[Report on the health of British troops in the Madras command]
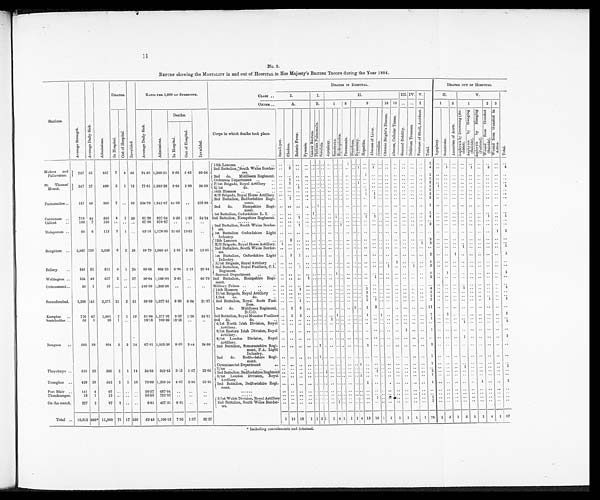
1 1
No. 2.
RETURN showing the MORTALITY in and out of HOSPITAL in Her Majesty's BRITISH TROOPS during the Year 1884.
Stations.
A v e r a g e S t r e n g t h .
A v e r a g e D a i l y S i c k .
A d m i s s i o n s .
DEATHS.
I n v a l i d e d .
RATIO PER 1,000 OF STRENGTH.
DEATHS IN HOSPITAL.
DEATHS OUT OF HOSPITAL.
CLASS ..
I.
I.
II.
III. IV. V.
T o t a l .
II.
V .
T o t a l .
ORDER ..
A.
B.
1
8
9
10 13 .. .. 2
1
5
1
2 3
I n H o s p i t a l .
O u t o f H o s p i t a l
A v e r a g e D a i l y S i c k .
A d m i s s i o n s .
D eaths.
I n v a l i d e d .
Corps in which deaths took place.
S m a l l - p o x .
C h o l e r a .
E n t e r i c F e v e r .
P y æ m i a .
C a n c e r R e c t u m .
P h t h i s i s P u l m o n a l i s .
S c r o f u l a .
A p o p l e x y . S u n s t r o k e .
H y d r o p h o b i a .
P h e u m o n i a .
D i a r r h œ a . D y s e n t e r y . H e p a t i t i s .
A b s c e s s o f L i v e r .
J a u n d i c e .
C h r o n i c B r i g h t ' s D i s e a s e . A b s c e s s , C h e l l u l a r T i s s u e .
G e n e r a l D e b i l i t y .
D e l i r i u m T r e m e n s .
F r a c t u r e o f S k u l l , A c c i d e n t .
A p o p l o e x y .
S u n s t r o k e .
A n e u r i s m o f A c r t a .
A s p h y x i a b y D r o w n i n g ( A c - c i d e n t ) .
A s p h y x i a b y H a n g i n g ( S u i c i d e ) .
A s p h y x i a b y H a n d i n g ( J u d i c i a l ) .
W o u n d f r o m G u n s h o t ( S u i c i d e ) .
W o u n d f r o m G u n s h o t i n A c t i o n .
I n H o s p i t a l
O u t o f H o s p i t a l
Madras
and
Pallavararn.
737 55
957 7 4 43
74.63 1,298.51 9.50 5.42
58.34
12th Lancers ..
..
..
. .
. .
. .
. . . . . . . . . . . . . . 1
. . . . . .
. .
. . . .
. .
. .
. .
. .
1
. .
. .
. .
. .
. .
. .
. .
. .
2nd Battalion, South Wales Border-
ers.
..
2
. .
. . 1 . .
1
. . . .
. .
. .
. .
. .
4
. .
1 ..
. .
1 . .
2 ..
4
2nd do.
Middlesex Regiment. .. .. .. .. .. .. .. . ..
. . . . . . . .
1
. . . . . .
. .
. .
. • ..
1
. .
. .
. .
. .
. .
. .
. .
. .
. .
Ordnance Department ..
. .
. .
. . . .
. .
. .
. .
. .
1
. .
. .
. .
. .
. .
. .
. .
. .
. .
St, Thomas'
Mount.
347 27
480 3 1 12
77.81 1,383.28 8.64 2.88
34.58 P/1st Brigade, Royal Artillery ...
. .
1
. .
. . . . . . . . . . . . . . . . . . 1 . .
. .
. . . .
. .
. .
. .
. .
2
. .
. .
. .
. .
. .
. .
. .
. .
..
Q/1st
do.
..
. .
. .
1
. . . . . . . .
. . . . . .
. . . . . . . .
. . . . . .
. .
. .
. .
. .
1
1
. .
. .
. . . .
. .
. .
. .
1
Poonamallee ..
157 40
305 7 .. 59 254.78 1,942.67 44.58 ..
375.80
14th Hussars ..
..
1
. .
. .
. .
. .
. .
. .
. .
. .
. .
E/B Brigade, Royal Horse Artillery. . .
1
1
. .
. .
. .
. .
. .
2
2nd Battalion, Bedfordshire Regi-
ment.
..
1
. .
. . . .
.. ..
. .
.. .. . ,
. . . .
1
. .
. .
. .
. .
. .
. . . .
. . ..
2nd
do.
Hampshire Regi-
ment.
.. .. .. .. .. 1 ..
. .
.. ..
. .
. . . .
. .
.. .. .. ..
. .
.. ..
1
. .
. .
. .
. .
. .
. .
. .
. .
1st Battalion, Oxfordshire L. I. .. .. ..
. .
. .
1
. . . . . . . . . . . . . . . . . . . . . .
. . . .
. . . . . .
. .
Cannanore ..
719 44
595 4 1 39
61.20 827.54 5.56 1.39
54.24 2nd Battalion, Hampshire Regiment. ..
. .
1 .. .. .. ..
. .
1 , , .. ... , . , 1
1
. .
. .
. .
. .
. .
. .
4
. .
.. .. .. .. ..
. .
1
Calicut
..
103 7
100 .. .. ..
67.96 970.87 ..
..
. . . . . .
. . ..
. .
. .
. .
. .
..
Malapuram ..
95 6
112 2 1 ..
63.16 1,178.95 21.05 10.53
..
2nd Battalion, South Wales Border-
ers.
.. ..
1 .. .. ..
. . . .
.. 1 .. .... ..
..
.. .. .. .. .. ..
2
. .
. .
. .
.. ..
. .
. .
. .
. .
1st Battalion Oxfordshire Light
Infantry.
.. .. .. .. .. . . .. ..
. .
..
. . . . . . . .
. . . . . .
. .
. .
. .
. .
. . . .
.. .. .. ..
. .
...
1
1
Bangalore ..
2,007 120
2,020 6 2 28
59.79 1,006.48 2.99 0.99
13.95
12th Lancers ..
..
..
. .
. .
. .
. .
. . . .
. .
. .
. . . .
. .
. .
. .
..
E/B Brigade, Royal Horse Artillery. 1 .. .. .. .. . .. .. .. .. .. .. ..
. .
. .
.. .. . .
. . . .
.... 1
. .
. .
.. .. .. .. .. .. ....
. . . .
2nd Battalion, South Wales Border-
ers.
.. .. .. .. .. .. .. ..
. . . . . . . . . . . .
. . . . . .
. .
. .
. .
. . . .
. .
.. ..
1 .. .. 48 04
lst Battalion, Oxfordshire Light
Infantry.
. .
1 1 .. .. .. .. ..
. .
. . . . . .
. .
. .
. .
. . . .
. .
. .
. .
Bellary
. .
841 51
811 5 1 24
60.64 964.33 5.91 1.19
28.54
R/1st Brigade, Royal Artillery .. .. .. .. .. .. .. .. .. .. .. .. .. .. .. .. .. ..
1 .. ....
. . . .
. .
..
. .
..
. .
. .
. .
.. ..
2nd Battalion, Royal Fusiliers, C.L.
Regiment.
.. ..
1 .. .. .. .. .. .. ..
..
.. .. ..
. .
.. 1 .. ..
1 ..
3
. .
.. ..
. .
.. ..
. .
. .
Barrack Department
..
1
1
. .
. .
..
. .
. .
. .
1
Wellington ..
554 48
657 2 .. 37
86.64 1,185.92 3.61
. .
66.79 2nd Battalion, Hampshire Regi-
ment.
.. .. ..
1 .. .. .. .. ..
.. .. .. ..
1
. . . .
. .
. .
. .
. .
. .
. .
. .
. .
. .
. .
. .
. .
Ootammund..
10 1
13
. .
. .
.0 100.00 1,300.00 ..
..
..
Military Prison . . .. • •
. .
. .
. .
. . . . . .
..
. . . .
..
. . . . . .
.....
. .
. .
..
. .
.. .. ,, ..
. .
. .
. . . . . .
. .
. .
. .
. .
. .
. .
Secunderabad.
2,386 141
2,571 21 2 51
59.09 1,077.53 8.80 0.84
21.37
14th Hussars ..
..
. .
. . 3
. .
. .
. .
. .
. .
. .
. .
D/1st Brigade, Royal Artillery .. .. ..
. .
.. .. .. ..
. .
... .. 2 .. .. , . .. .. .. . ,
2
. .
....
. . . .
. .
. . .
, •
. .
. .
I/3rd
do.
do.
1 . • . .
.. ..
.
. .
..
...
1
2nd Battalion, Royal Scots Fusi- .. ..
1
. . . . . . . . . . . . . . . . . . . .
1
1
.. .. .. .. .. ..
3
.. .. .. .. ..
1 ..
1
2nd do. Middlesex Regiment,
l
D.C.O.
..
1 6 .. ..
. . . .
..
. .
.. .. 1 .. 1 2
. .
.. ..
. .
..
..
1 1
. .
. .
..
. .
. .
. .
. .
. .
Kamptee ..
770 47
1,061 7 1 19
61.04 1,377.92 9.09 1.30
24.67 2nd Battalion, Royal Munster Fusiliers
. .
1 3
1
.. .. .. ..
1
Seetabuldee ..
55
1
39 1 .. ..
18.18 709.09 18.18 .
. .
2nd do.
do.
..
. .
. .
. .
. .
..
..
..
Rangoon
..
582 39
904 5 2 14
67.01 1,553.26 8.59 3.44
24.06
4/1st North Irish Division, Royal
Artillery.
. .
. .
. .
. .
.. .. .. .. .... .. .. .. ..
.. .. ..
. .
.. .. . , .. ..
. .
. . . .
.. .. .. ..
1
9/1st Eastern Irish Division, Royal
Artillery.
.. .. .. .. ..
.. ..
.. .. .. ..
.. ..
..
..
.. .. ..
1
. .
..
..
1
. .
. .
8/1st London Division, Royal
Artillery.
.. .
.
.. ..
..
..
. ..
..
.. .... ..
..
.. .. .. .. .. .. .. .. .. ..
1
2nd Battalion, Somersetshire Regi
ment, P.A. Light
Infantry.
.
.
.
..
..
1
..
. .. . .. .. .. .. 1
..
.. ..
..
.. .. .
2
. .
..
.. ..
. .
. .
. .
. .
. .
2nd
do. Bedfordshire Regi-
ment.
.. .. .. .. .. 1 ..
I
.. .. ..
.. ..
.. ..
..
1 ..
. .
. .
. .
..
. .
. .
. . ..
L Commissariat Department
.. .. .. .. .. .. .. .. .. ..
..
.. ..
.. ..
. .
..
Thayctmyo ..
635 22
586 2 1 14
34.64 922.83 3.15 1.57
22.05 7/1st ..
..
.. .. .. .. .. .. .. .. .. ..
..
1
. .
. .
. .
1
1 2nd Battalion, Bedfordshire Regiment
.. .. .. .. .. .. ..
1 „
.. .. .. ..
,
..
1 ,
..
.
..
. .
. .
.. 2
. .
, .
. .
. .
. • .. . . ..
. .
Tounghoo ..
428 30
542 2 1 10
70.09 1,266.35 4.67 2.34
23.36
8/1st London Division, Royal
Artillery. '
..
.
.. ..
.. .. .. .. .. .. .. .. 1 .. .. .. .. .. .. ..
. .
..
. .
. •
. .
. .
.. . •
. .
. .
2nd Battalion, Bedfordshire Regi-
ment.
..
.. .. .. ..
1
Port Blair ..
141 4
97 .. .. ..
28.37 687.94 ..
..
. .
......
..
. .
.. .. .. ..
Thandoungee.
18
1
13 .. .. ..
55.55 722.22 ..
.0
. .
......
.. .. ..
...
.. .. .. .. ..
.. ..
. .
..
. .
. .
. .
. .
. .
...
. .
. .
. .
. .
. . . .
. .
. .
On the march.
227 2
97 2 .. . •
8.81 427.31 8.81 ..
. .
5/1st Welsh Division Royal Artillery
2nd
.. .. .. .. .. .. .. .. .. .. .. .. ..
..
1 ..
. .
..
..
1
. .
. .
. .
. .
. .
..
. .
. .
. .
Battalion, South Wales Border-
ers.
..
. .
.. ..
. .
.. 1 .. ..
. .
. .. .. .. .. .. ..
. .
. .
1
Total .. 10,812 686* 11,960 76 17 350
63.45 1,106.18 7.03 1.57
32.37
1 1 0
1 8 1
1 3 1
1 4 1 1
1 4 1 3
1 0 1 1
1
1
1
1 7 6
1
3
1
5
1
1
4 1
1 7
* Including convalescents and detained.